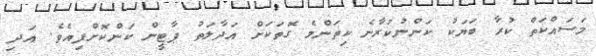
މަސައްކަތް ކުރާ ބަޔަކު ކަންނުކުރާނެ ކިތަންމެ ގޮތަކަށް އަދާލަތު ޕާޓީން ކަންކޮށްފިއެވެ. އަދި